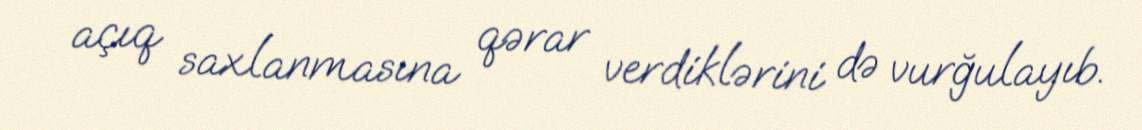
açıq saxlanmasına qərar verdiklərini də vurğulayıb.